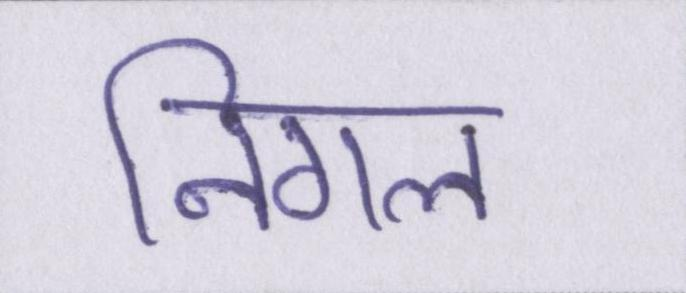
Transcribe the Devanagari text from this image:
निगल